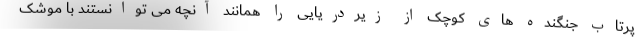
پرتاب جنگنده های کوچک از زیردریایی را همانند آنچه می توانستند با موشک